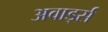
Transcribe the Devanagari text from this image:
अवार्ड्स